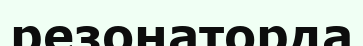
резонаторда